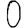
Digit: 0